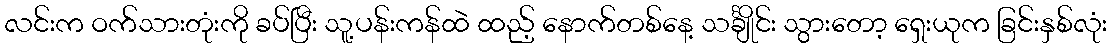
လင်းက ဝက်သားတုံးကို ခပ်ပြီး သူ့ပန်းကန်ထဲ ထည့် နောက်တစ်နေ့ သင်္ချိုင်း သွားတော့ ရှေးယုက ခြင်းနှစ်လုံး